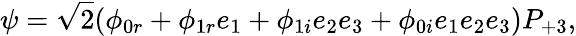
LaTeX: \psi=\sqrt{2}(\phi_{0r}+\phi_{1r}e_{1}+\phi_{1i}e_{2}e_{3}+\phi_{0i}e_{1}e_{2}e_{3})P_{+3},